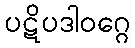
ပဋိပဒါဝဂ္ဂေ